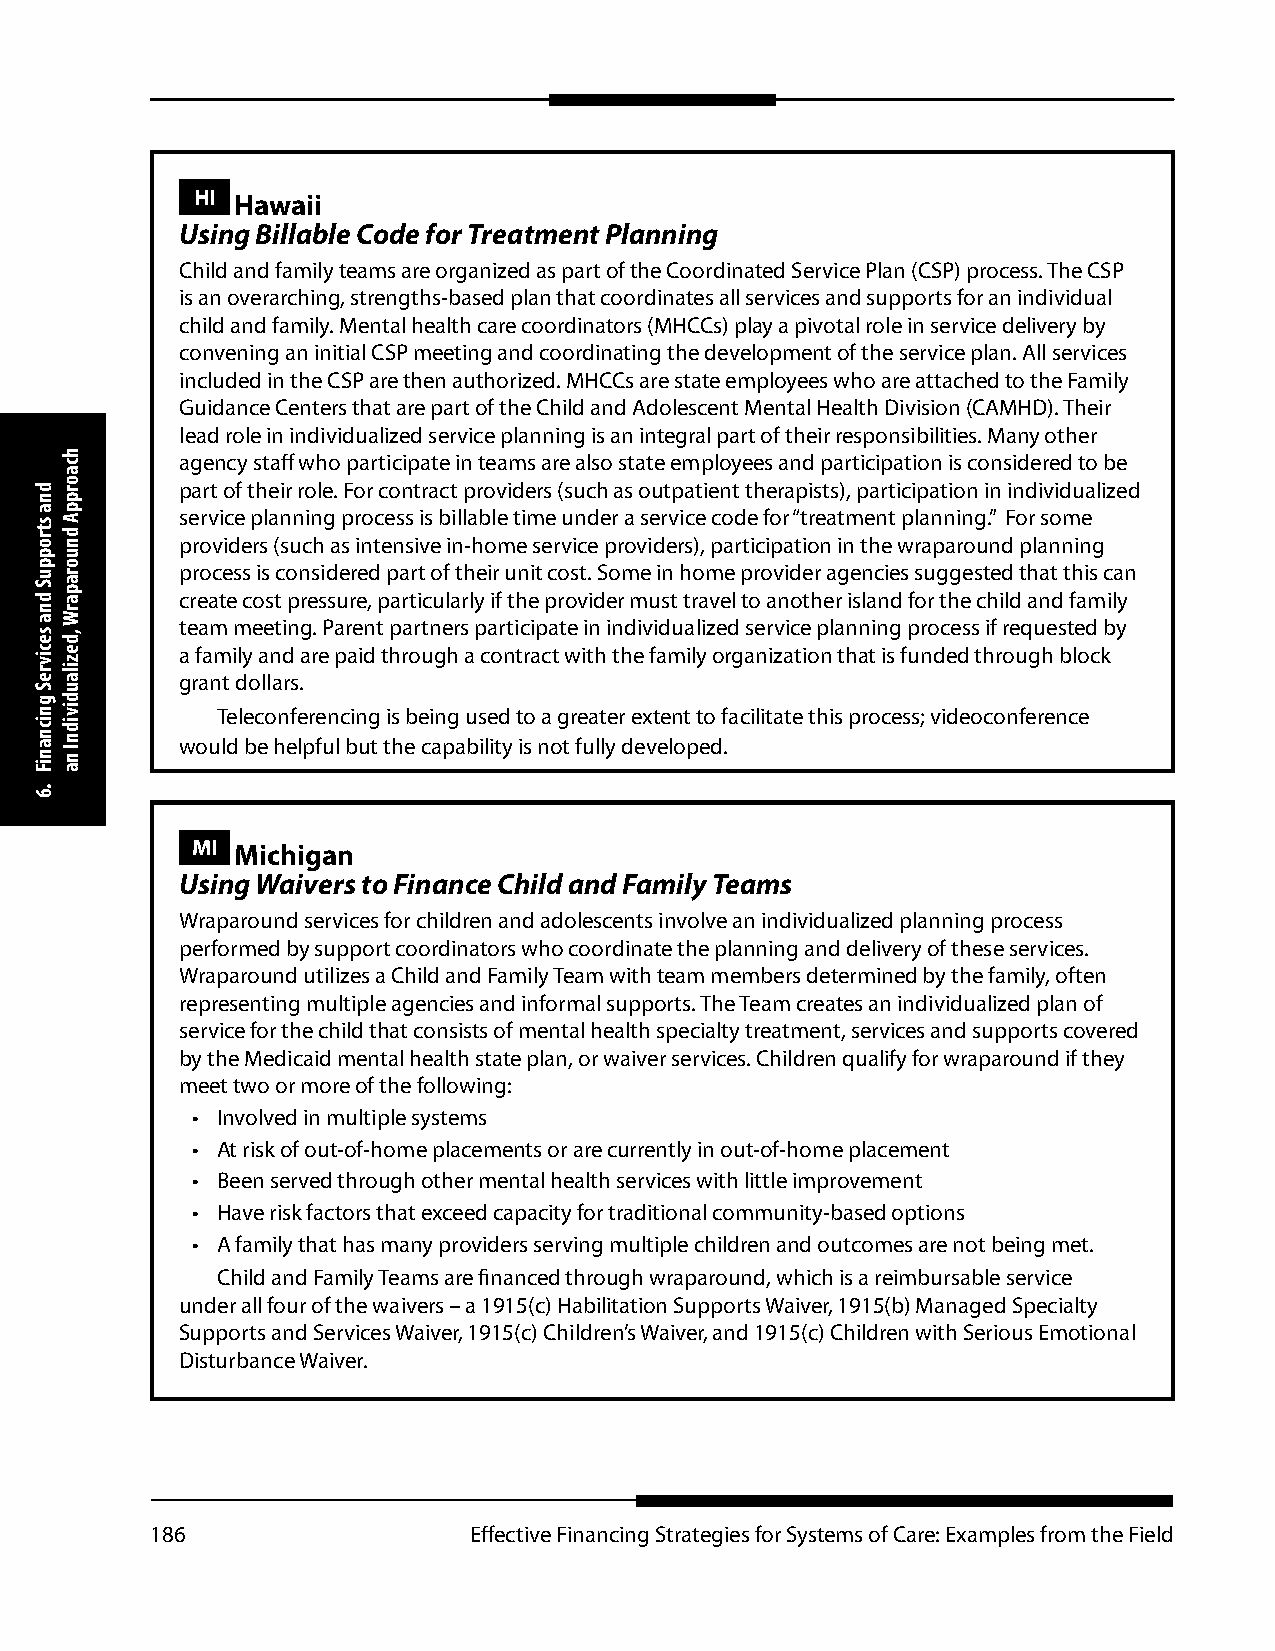
HI Hawaii
 Using Billable Code for Treatment Planning
 Child and family teams are organized as part of the Coordinated Service Plan (CSP) process. The CSP
 is an overarching, strengths-based plan that coordinates all services and supports for an individual
 child and family. Mental health care coordinators (MHCCs) play a pivotal role in service delivery by
 convening an initial CSP meeting and coordinating the development of the service plan. All services
 included in the CSP are then authorized. MHCCs are state employees who are attached to the Family
 Guidance Centers that are part of the Child and Adolescent Mental Health Division (CAMHD). Their
 lead role in individualized service planning is an integral part of their responsibilities. Many other
 agency staff who participate in teams are also state employees and participation is considered to be
 part of their role. For contract providers (such as outpatient therapists), participation in individualized
 service planning process is billable time under a service code for “treatment planning.” For some
 providers (such as intensive in-home service providers), participation in the wraparound planning
 process is considered part of their unit cost. Some in home provider agencies suggested that this can
 create cost pressure, particularly if the provider must travel to another island for the child and family
 team meeting. Parent partners participate in individualized service planning process if requested by
 a family and are paid through a contract with the family organization that is funded through block
 grant dollars.
 Teleconferencing is being used to a greater extent to facilitate this process; videoconference
 would be helpful but the capability is not fully developed.
 MI Michigan
 Using Waivers to Finance Child and Family Teams
 Wraparound services for children and adolescents involve an individualized planning process
 performed by support coordinators who coordinate the planning and delivery of these services.
 Wraparound utilizes a Child and Family Team with team members determined by the family, often
 representing multiple agencies and informal supports. The Team creates an individualized plan of
 service for the child that consists of mental health specialty treatment, services and supports covered
 by the Medicaid mental health state plan, or waiver services. Children qualify for wraparound if they
 meet two or more of the following:
 • Involved in multiple systems
 • At risk of out-of-home placements or are currently in out-of-home placement
 • Been served through other mental health services with little improvement
 • Have risk factors that exceed capacity for traditional community-based options
 • A family that has many providers serving multiple children and outcomes are not being met.
 Child and Family Teams are financed through wraparound, which is a reimbursable service
 under all four of the waivers – a 1915(c) Habilitation Supports Waiver, 1915(b) Managed Specialty
 Supports and Services Waiver, 1915(c) Children’s Waiver, and 1915(c) Children with Serious Emotional
 Disturbance Waiver.
 186                  Effective Financing Strategies for Systems of Care: Examples from the Field
 dna
 stroppuS
 dna
 secivreS
 gnicnaniF
 .6
 hcaorppA
 dnuoraparW
 ,dezilaudividnI
 na